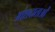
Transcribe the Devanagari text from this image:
आंशदाताओं